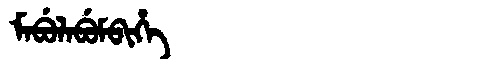
Manchu: ᠮᠠᠪᡠᠯᠠᠪᡠᠮᠪᡳᡥᡝ
Romanization: MABULABUMBIHE